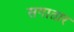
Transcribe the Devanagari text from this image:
सगातार